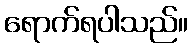
ရောက်ရပါသည်။